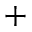
^ +